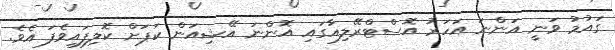
ގައުމު ވަނީ އަންނަ އަހަރު އޮސްޓްރޭލިއާގައި އޮންނަ އޭޝިއަން ކަޕަށް ކޮލިފައިވެފަ އެވެ.